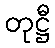
တုဋ္ဌီ